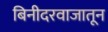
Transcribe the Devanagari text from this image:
बिनीदरवाजातून